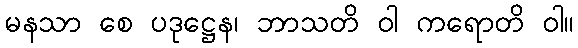
မနသာ စေ ပဒုဋ္ဌေန၊ ဘာသတိ ဝါ ကရောတိ ဝါ။